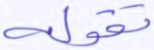
تقوله